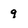
Character: 9